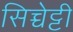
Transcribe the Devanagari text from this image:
सिच्चेट्टी